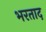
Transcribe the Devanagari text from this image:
भरताद